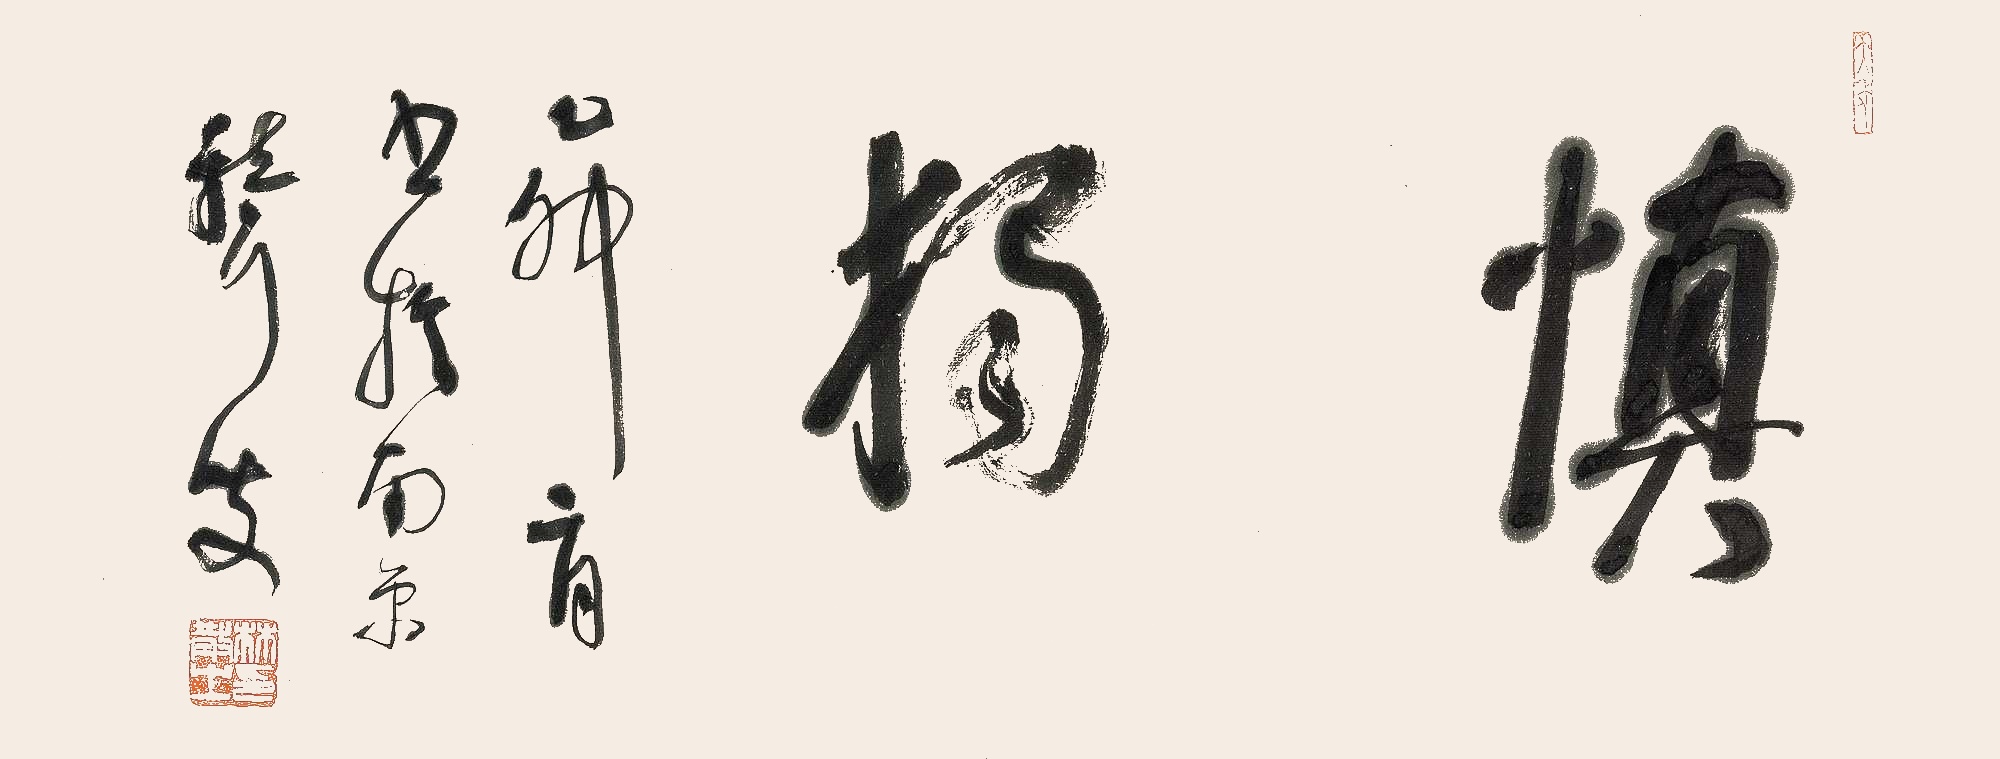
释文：慎独。乙卯二月书于南京，聋叟。